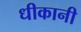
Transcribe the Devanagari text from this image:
धीकानी